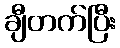
ချီတက်ပြီး